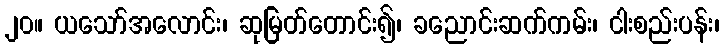
၂၀။ ယသော်အလောင်း၊ ဆုမြတ်တောင်း၍၊ ခညောင်းဆက်ကမ်း၊ ငါးစည်းပန်း၊